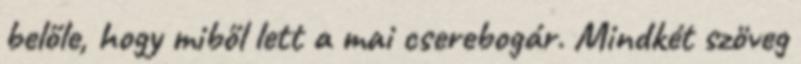
belőle, hogy miből lett a mai cserebogár. Mindkét szöveg